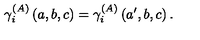
\gamma _ { i } ^ { \left( A \right) } \left( a , b , c \right) = \gamma _ { i } ^ { \left( A \right) } \left( a ^ { \prime } , b , c \right) .